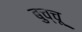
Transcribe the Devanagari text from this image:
बुच्चू